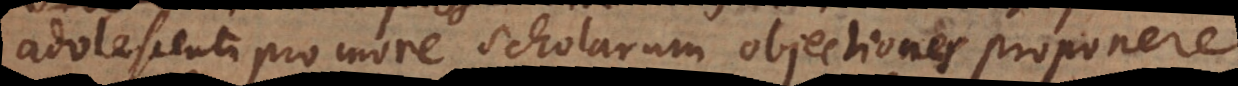
adolescenti pro more scholarum objectiones proponere